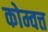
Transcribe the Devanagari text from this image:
कोम्वत्त